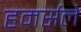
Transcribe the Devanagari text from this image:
हमर्सले